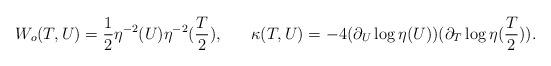
LaTeX: \begin{align*}W_o (T, U) = \frac{1}{2}\eta^{-2}(U) \eta^{-2}(\frac{T}{2}),\;\;\;\;\;\;\kappa(T, U) = - 4 (\partial_U \log \eta(U))(\partial_T \log \eta(\frac{T}{2})).\end{align*}